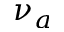
\nu _ { a }